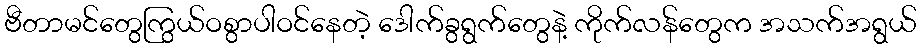
ဗီတာမင်တွေကြွယ်ဝစွာပါဝင်နေတဲ့ ဒေါက်ခွရွက်တွေနဲ့ ကိုက်လန်တွေက အသက်အရွယ်